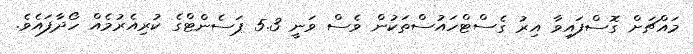
މައްޗަށް ގޮސްފައިވާ އިރު ގެސްޓްހައުސްތަކުން ވެސް ވަނީ 5.3 ޕަސެންޓްގެ ކުރިއެރުމެއް ހޯދާފައެވެ.